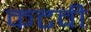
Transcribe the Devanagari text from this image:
कटवी